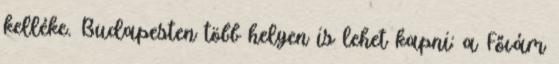
kelléke. Budapesten több helyen is lehet kapni: a Fővám